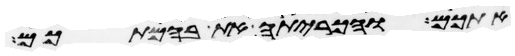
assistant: אתכם והכריתה את בהמתכם